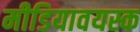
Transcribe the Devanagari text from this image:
मीडियावयस्क